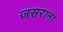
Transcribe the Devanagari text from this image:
जसराना